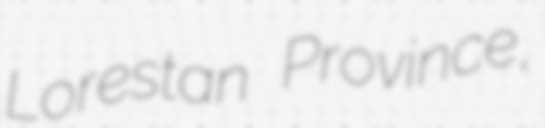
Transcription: Lorestan Province,